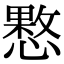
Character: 𢡑